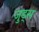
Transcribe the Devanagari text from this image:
जुड्स